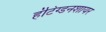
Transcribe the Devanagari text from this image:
हंटिंग्डनशायर